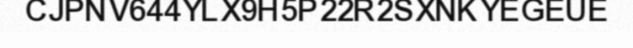
CJPNV644YLX9H5P22R2SXNKYEGEUE